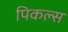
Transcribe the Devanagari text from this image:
पिकल्स